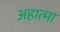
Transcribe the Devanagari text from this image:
अहात्मा